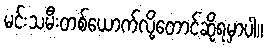
မင်းသမီးတစ်ယောက်လို့တောင်ဆိုရမှာပါ။